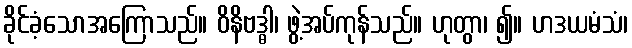
ခိုင်ခံ့သောအကြောသည်။ ဝိနိဗဒ္ဓါ၊ ဖွဲ့အပ်ကုန်သည်။ ဟုတွာ၊ ၍။ ဟဒယမံသံ၊